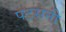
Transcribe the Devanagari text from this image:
पटसनी